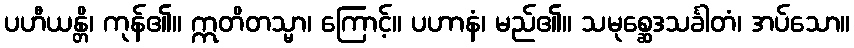
ပဟီယန္တိ၊ ကုန်၏။ ဣတိတသ္မာ၊ ကြောင့်။ ပဟာနံ၊ မည်၏။ သမုစ္ဆေဒသင်္ခါတံ၊ အပ်သော။